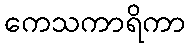
ကေသကာရိကာ